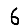
Digit: 6